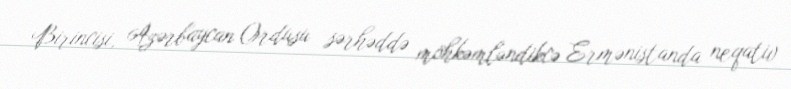
Birincisi, Azərbaycan Ordusu sərhəddə möhkəmləndikcə Ermənistanda neqativ